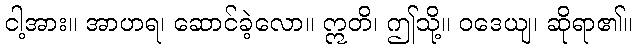
ငါ့အား။ အာဟရ၊ ဆောင်ခဲ့လော။ ဣတိ၊ ဤသို့။ ဝဒေယျ၊ ဆိုရာ၏။